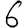
Digit: 6